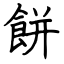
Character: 餅